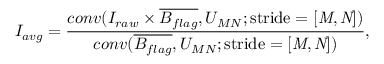
I _ { a v g } = \frac { c o n v ( I _ { r a w } \times \overline { { B _ { f l a g } } } , U _ { M N } ; \mathrm { s t r i d e = \it [ M , N ] ) } } { c o n v ( \overline { { B _ { f l a g } } } , U _ { M N } ; \mathrm { s t r i d e = \it [ M , N ] ) } } ,